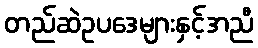
တည်ဆဲဥပဒေများနှင့်အညီ